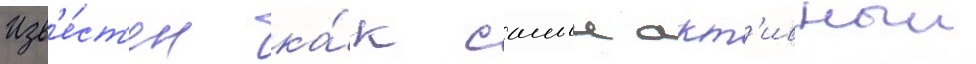
Изв'е́ст'ен ка́к самыи акт'ивныи